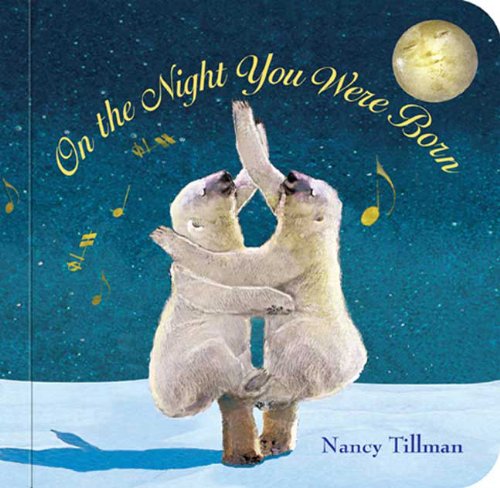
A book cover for On the Night You Were Born; Nancy Tillman; Children's Books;